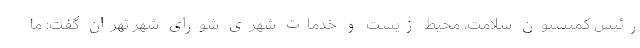
رئیس کمیسیون سلامت، محیط زیست و خدمات شهری شورای شهر تهران گفت: ما